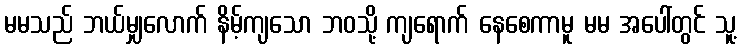
မမသည် ဘယ်မျှလောက် နိမ့်ကျသော ဘဝသို့ ကျရောက် နေစေကာမူ မမ အပေါ်တွင် သူ့